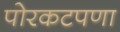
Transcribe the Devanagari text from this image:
पोरकटपणा